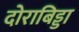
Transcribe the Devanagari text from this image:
दोराबिड्डा